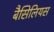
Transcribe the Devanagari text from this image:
बैसिलियस